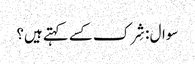
سوال : شِرک کسے کہتے ہیں؟